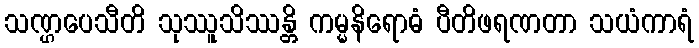
သဏ္ဌပေသီတိ သုဿူသိဿန္တိ ကမ္မနိရောဓံ ပီတိဖရဏတာ သယံကာရံ